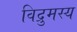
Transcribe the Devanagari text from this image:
विद्रुमस्य